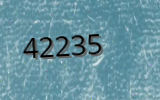
42235